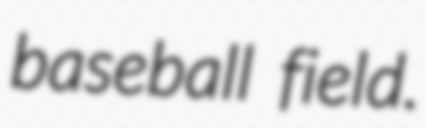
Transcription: baseball field.